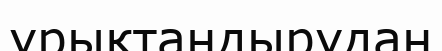
ұрықтандырудан